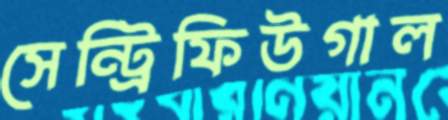
সেন্ট্রিফিউগাল